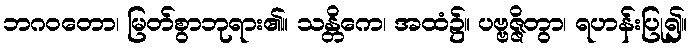
ဘဂဝတော၊ မြတ်စွာဘုရား၏။ သန္တိကေ၊ အထံ၌။ ပဗ္ဗဇ္ဇိတွာ၊ ရဟန်းပြု၍။